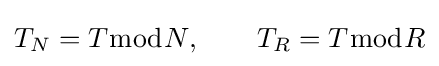
T_{N}=T{\bmod {N}},\qquad T_{R}=T{\bmod {R}}